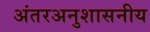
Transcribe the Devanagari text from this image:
अंतरअनुशासनीय